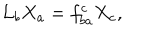
{ \cal L } _ { b } X _ { a } = f _ { b a } ^ { c } X _ { c } ,